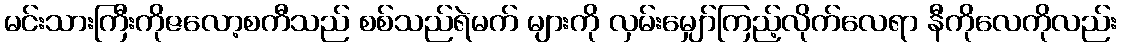
မင်းသားကြီးကိုဇလော့စကီသည် စစ်သည်ရဲမက် များကို လှမ်းမျှော်ကြည့်လိုက်လေရာ နီကိုလေကိုလည်း